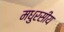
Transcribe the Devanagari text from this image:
मधुरसीय